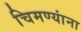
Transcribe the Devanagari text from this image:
चिमण्यांना